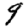
Digit: 9